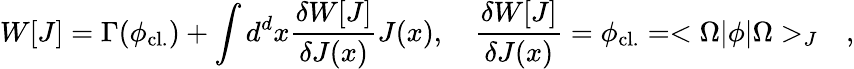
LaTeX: W[J]=\Gamma(\phi_{\mathrm{cl.}})+\int d^{d}x{\frac{\delta W[J]}{\delta J(x)}}J(x),\quad{\frac{\delta W[J]}{\delta J(x)}}=\phi_{\mathrm{cl.}}=<\Omega|\phi|\Omega>_{J}\quad,